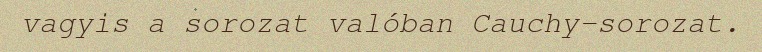
vagyis a sorozat valóban Cauchy-sorozat.